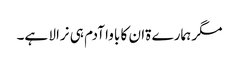
مگر ہمارے ۃان کا باوا آدم ہی نرالا ہے۔